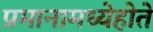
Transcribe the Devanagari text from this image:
प्रमानामध्येहोते